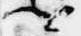
卿